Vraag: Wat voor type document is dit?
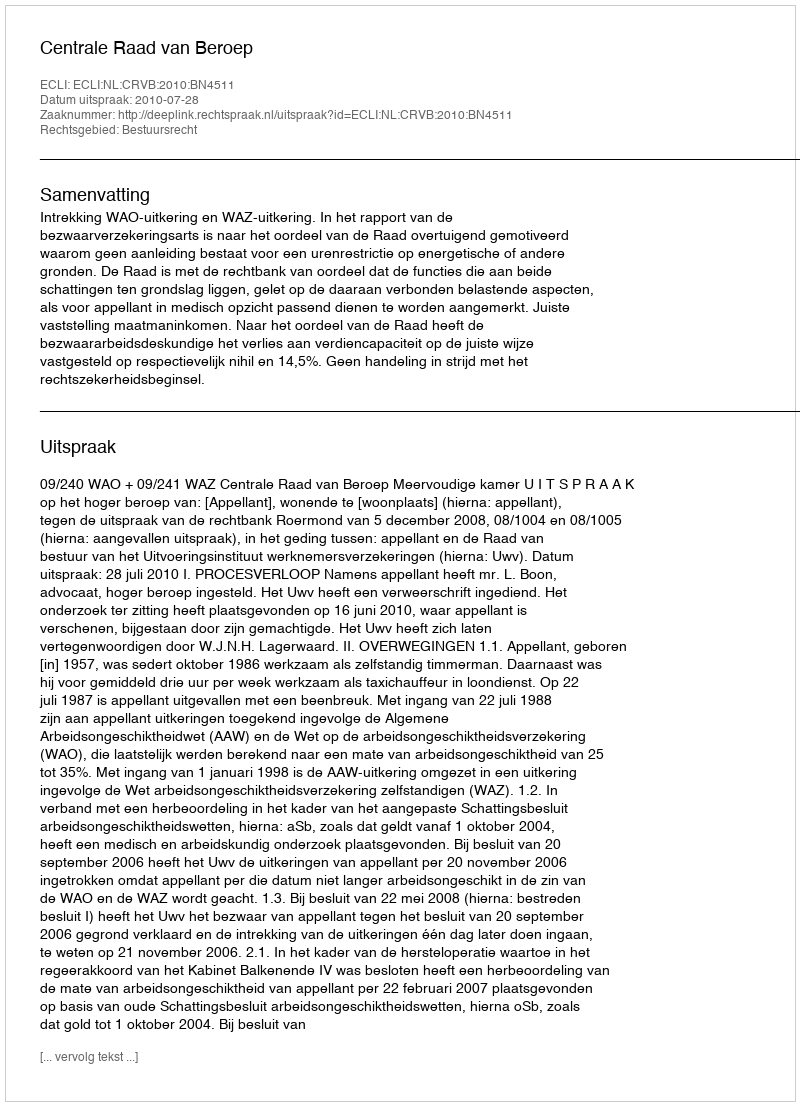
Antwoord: Uitspraak